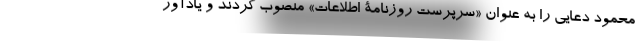
محمود دعایی را به عنوان «سرپرست روزنامۀ اطلاعات» منصوب کردند و یادآور